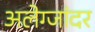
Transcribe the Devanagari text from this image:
अलेग्जांदर